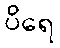
ပိရေ